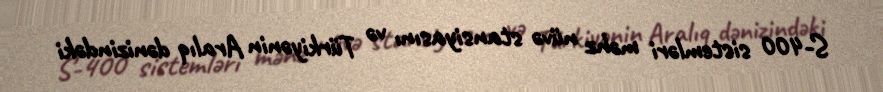
S-400 sistemləri məhz nüvə stansiyasını və Türkiyənin Aralıq dənizindəki